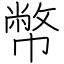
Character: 幣